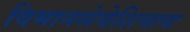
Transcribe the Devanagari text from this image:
विमानसेवेशिवाय